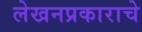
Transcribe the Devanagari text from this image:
लेखनप्रकाराचे